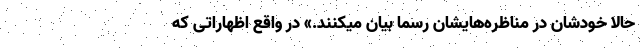
حالا خودشان در مناظره‌هایشان رسما بیان میکنند.» در واقع اظهاراتی که